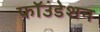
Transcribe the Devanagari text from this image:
फॉउंडेशन